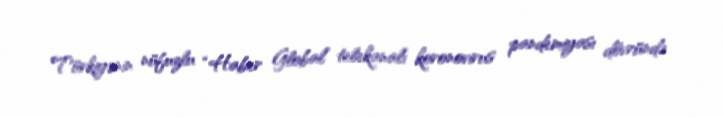
Türkiyənin nüfuzlu “Haber Global” telekanalı koronovirus pandemiyası dövründə